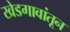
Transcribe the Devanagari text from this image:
खेडगावांतून